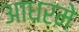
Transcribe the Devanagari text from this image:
आधरमे